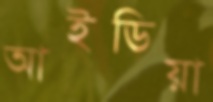
আইডিয়া